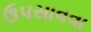
ઉપસાવવા